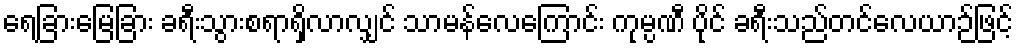
ရေခြားမြေခြား ခရီးသွားစရာရှိလာလျှင် သာမန်လေကြောင်း ကုမ္ပဏီ ပိုင် ခရီးသည်တင်လေယာဉ်ဖြင့်